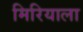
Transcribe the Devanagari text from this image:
मिरियाला